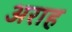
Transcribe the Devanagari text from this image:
अराह